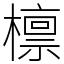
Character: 檩